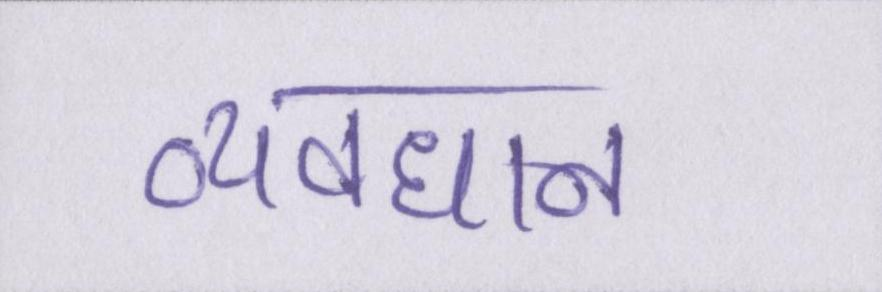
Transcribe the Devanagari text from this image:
व्यवधान